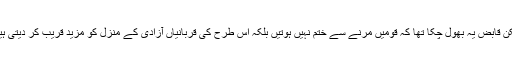
لیکن قابض یہ بھول چکا تھا کہ قومیں مرنے سے ختم نہیں ہوتیں بلکہ اس طرح کی قربانیاں آزادی کے منزل کو مزید قریب کر دیتی ہیں۔